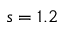
s = 1 . 2